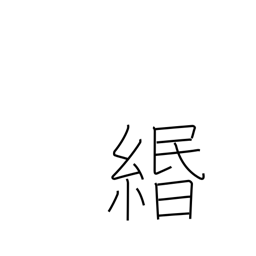
Meaning: paper string